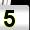
Digit: 5